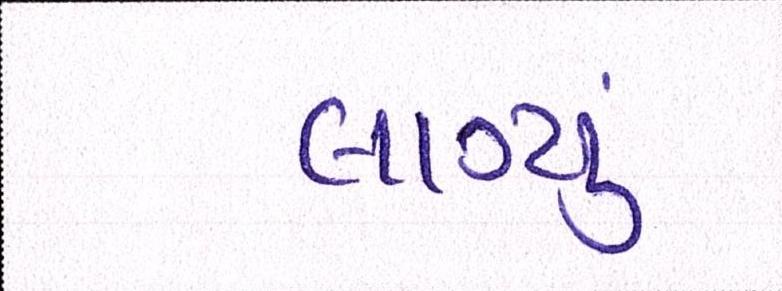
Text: લાગ્યું